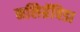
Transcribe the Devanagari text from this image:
नलिग्रॅविडा